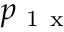
p _ { \mathrm { ~ 1 ~ x ~ } }